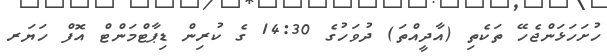
ހުށަހަޅަންޖެހޭ ތަކެތި (އާދީއްތަ) ދުވަހުގެ 14:30 ގެ ކުރިން ޑިޕާޓްމަންޓް އޮފް ހަޔަރ